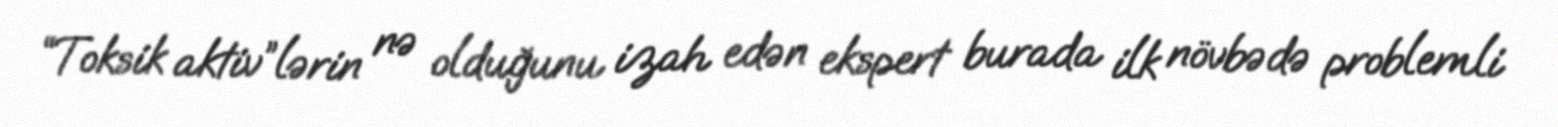
“Toksik aktiv”lərin nə olduğunu izah edən ekspert burada ilk növbədə problemli